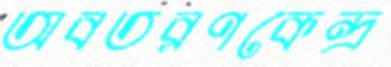
অবতরণকেন্দ্র